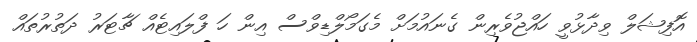
އޮފިޝަލް ވިދާޅުވީ ހައްޖުވެރިން ގެނައުމަށް މެގަމޯލްޑިވްސް އިން ހަ ފްލައިޓެއް ޗާޓަރު ދަތުރުތައް